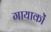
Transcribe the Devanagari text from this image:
गायाकों